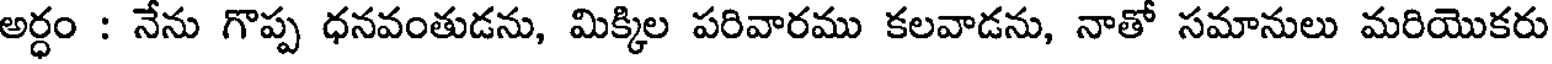
అర్ధం : నేను గొప్ప ధనవంతుడను, మిక్కిల పరివారము కలవాడను, నాతో సమానులు మరియొకరు